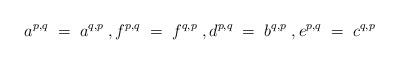
LaTeX: \begin{align*}a^{p,q}\;=\;a^{q,p}\;, f^{p,q} \;=\; f^{q,p}\;, d^{p,q}\;=\;b^{q,p}\;, e^{p,q}\;=\;c^{q,p}\end{align*}